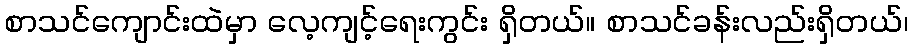
စာသင်ကျောင်းထဲမှာ လေ့ကျင့်ရေးကွင်း ရှိတယ်။ စာသင်ခန်းလည်းရှိတယ်၊